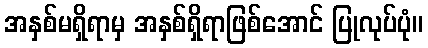
အနှစ်မရှိရာမှ အနှစ်ရှိရာဖြစ်အောင် ပြုလုပ်ပုံ။